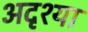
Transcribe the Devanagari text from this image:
अदृश्या